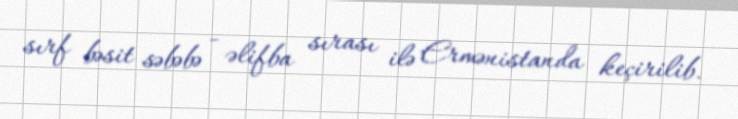
sırf bəsit səbəbə - əlifba sırası ilə Ermənistanda keçirilib.